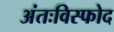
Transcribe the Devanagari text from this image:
अंतःविस्फोद